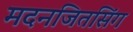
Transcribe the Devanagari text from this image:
मदनजितसिंग